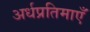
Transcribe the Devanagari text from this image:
अर्धप्रतिमाएँ